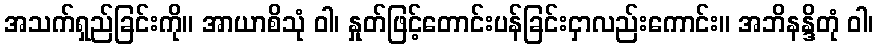
အသက်ရှည်ခြင်းကို။ အာယာစိသုံ ဝါ၊ နှုတ်ဖြင့်တောင်းပန်ခြင်းငှာလည်းကောင်း။ အဘိနန္ဒိတုံ ဝါ၊